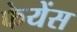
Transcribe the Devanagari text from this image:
फेयेंस